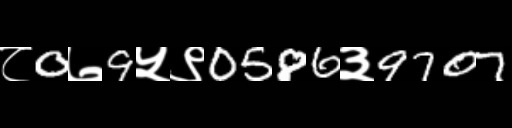
Text: ८0७9५९0586३9707